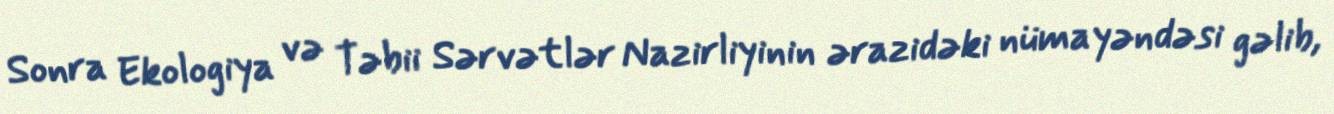
Sonra Ekologiya və Təbii Sərvətlər Nazirliyinin ərazidəki nümayəndəsi gəlib,